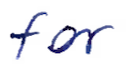
Text: for
Cross-out: clean
Writing tool: ballpoint